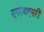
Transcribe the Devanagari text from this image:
सुपरवाइसरी